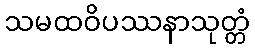
သမထဝိပဿနာသုတ္တံ